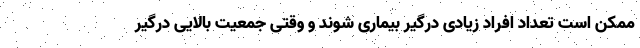
ممکن است تعداد افراد زیادی درگیر بیماری شوند و وقتی جمعیت بالایی درگیر